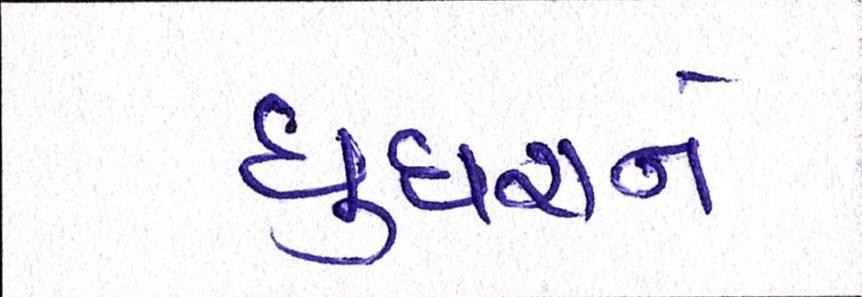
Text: ઘુઘરાને